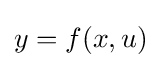
y=f(x,u)